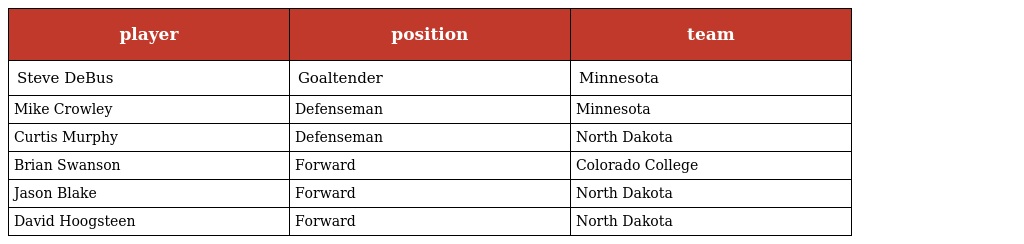
| player | position | team |
 | --- | --- | --- |
 | Steve DeBus | Goaltender | Minnesota |
 | Mike Crowley | Defenseman | Minnesota |
 | Curtis Murphy | Defenseman | North Dakota |
 | Brian Swanson | Forward | Colorado College |
 | Jason Blake | Forward | North Dakota |
 | David Hoogsteen | Forward | North Dakota |